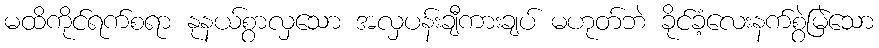
မထိကိုင်ရက်စရာ နုနယ်စွာလှသော အလှပန်းချီကားချပ် မဟုတ်ဘဲ ခိုင်ခံ့လေးနက်စွဲမြဲသော